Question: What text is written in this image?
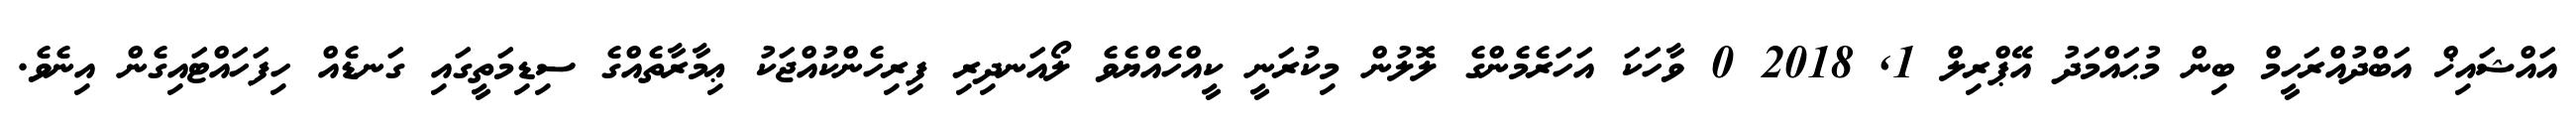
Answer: އައްޝައިޚް އަބްދުއްރަހީމް ބިން މުޙައްމަދު އޭޕްރިލް 1, 2018 0 ވާހަކަ އަހަރެމެންގެ ލޮލުން މިކުރަނީ ކީއްހެއްޔެވެ ލޯއަނދިރި ފިރިހެންކުއްޖަކު ޢިމާރާތެއްގެ ސިޑިމަތީގައި ގަނޑެއް ހިފަހައްޓައިގެން އިނެވެ.